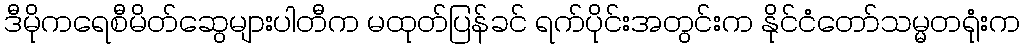
ဒီမိုကရေစီမိတ်ဆွေများပါတီက မထုတ်ပြန်ခင် ရက်ပိုင်းအတွင်းက နိုင်ငံတော်သမ္မတရုံးက